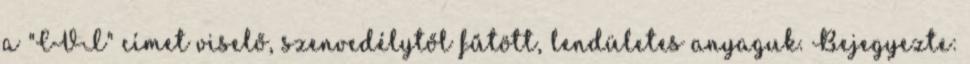
a "CVI" címet viselő, szenvedélytől fűtött, lendületes anyaguk. Bejegyezte: